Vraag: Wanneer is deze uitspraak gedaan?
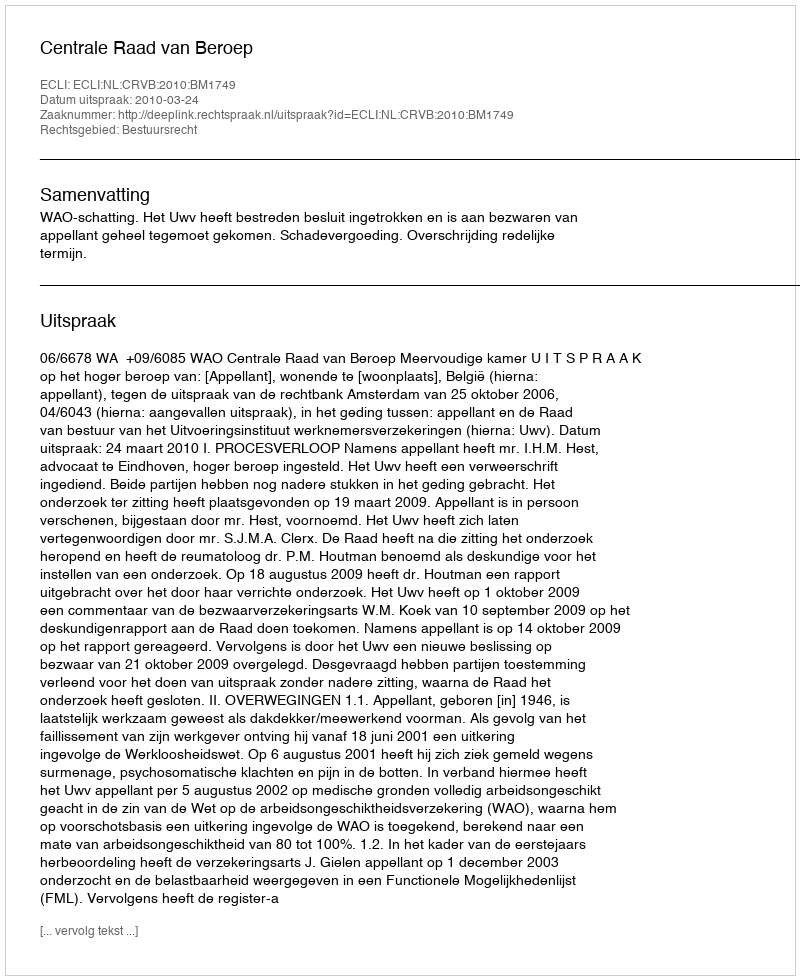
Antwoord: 2010-03-24